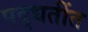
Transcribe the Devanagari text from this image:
पद्धतींत